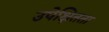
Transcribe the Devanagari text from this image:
उपेक्षितता